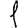
Digit: 1